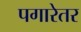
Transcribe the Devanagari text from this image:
पगारेतर